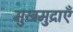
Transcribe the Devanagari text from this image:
मुखमुद्राएँ